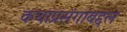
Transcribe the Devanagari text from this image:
कथाप्रसंगांबद्दल